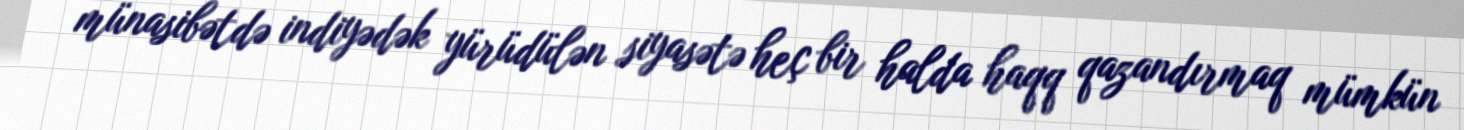
münasibətdə indiyədək yürüdülən siyasətə heç bir halda haqq qazandırmaq mümkün